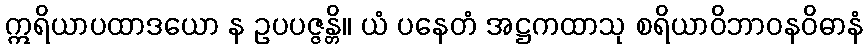
ဣရိယာပထာဒယော န ဥပပဇ္ဇန္တိ။ ယံ ပနေတံ အဋ္ဌကထာသု စရိယာဝိဘာဝနဝိဓာနံ